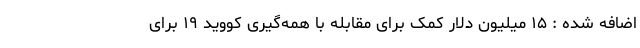
اضافه شده : ۱۵ میلیون دلار کمک برای مقابله با همه‌گیری کووید ۱۹ برای